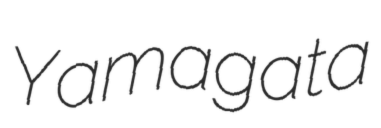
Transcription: Yamagata